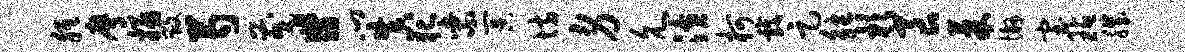
胝膺拯毁芍茂翡门真犯紫冥坊身允潢柯戏足觖杉良果懈室玷肌